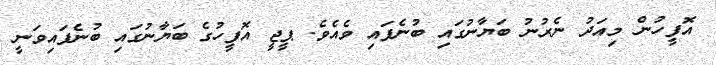
އޮފީހުން މިއަދު ނެރުނު ބަޔާނުގައި ބުނެފައި ވެއެވެ. ޕީޖީ އޮފީހުގެ ބަޔާނުގައި ބުނެފައިވަނީ